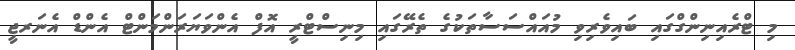
މި ޓްރެއިނިންގްގައި ބައިވެރިވި މުއައްސަސާތަކުގެ ތެރޭގައި މިނިސްޓްރީ އޮފް އެންވަޔަރަންމަންޓް އެންޑް އެނަރޖީ